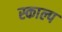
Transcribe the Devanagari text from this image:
स्काल्प